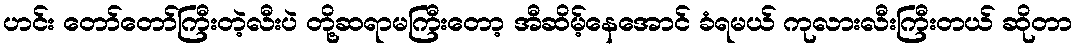
ဟင်း တော်တော်ကြီးတဲ့လီးပဲ တို့ဆရာမကြီးတော့ အီဆိမ့်နေအောင် ခံရမယ် ကုလားလီးကြီးတယ် ဆိုတာ